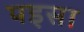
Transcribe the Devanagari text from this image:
पइसा